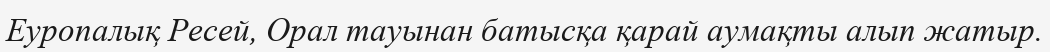
Еуропалық Ресей, Орал тауынан батысқа қарай аумақты алып жатыр.